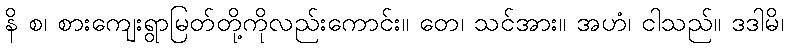
နိ စ၊ စားကျေးရွာမြတ်တို့ကိုလည်းကောင်း။ တေ၊ သင်အား။ အဟံ၊ ငါသည်။ ဒဒါမိ၊